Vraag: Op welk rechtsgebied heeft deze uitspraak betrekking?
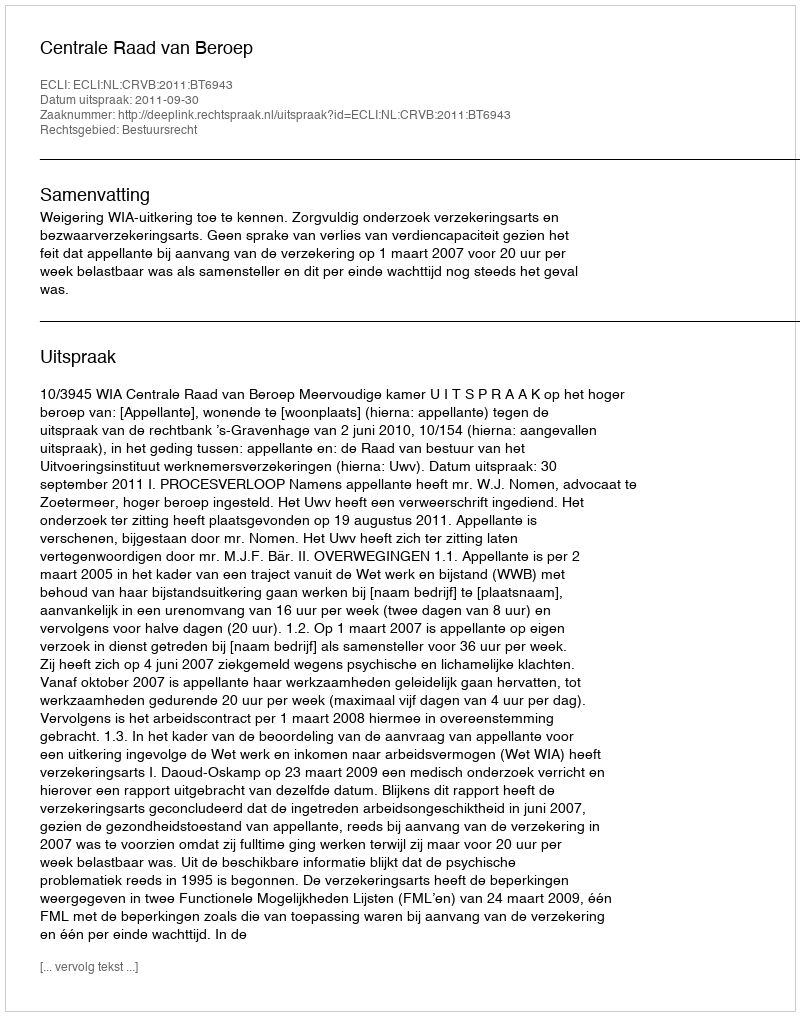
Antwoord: Bestuursrecht